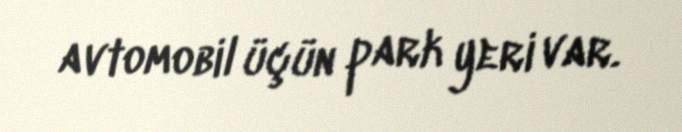
avtomobil üçün park yeri var.